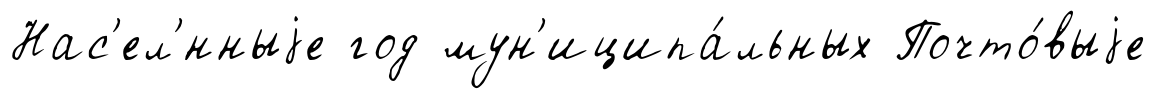
Нас'ел'́нныjе год мун'иципа́льных Почто́выjе